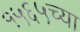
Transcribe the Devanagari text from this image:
१५६५च्या